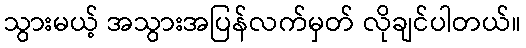
သွားမယ့် အသွားအပြန်လက်မှတ် လိုချင်ပါတယ်။